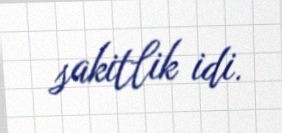
sakitlik idi.